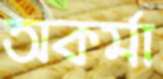
অকর্মা